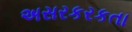
અસરકરકતા